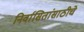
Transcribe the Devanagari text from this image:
निर्वासितांसाठीचे